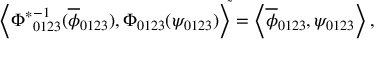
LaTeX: { \left< { \Phi ^ { \ast } } _ { 0 1 2 3 } ^ { - 1 } ( \overline { { { \phi } } } _ { 0 1 2 3 } ) , \Phi _ { 0 1 2 3 } ( \psi _ { 0 1 2 3 } ) \right> } ^ { \tilde { } } = \left< \overline { { { \phi } } } _ { 0 1 2 3 } , \psi _ { 0 1 2 3 } \right> ,